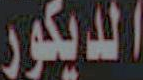
الديكور